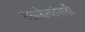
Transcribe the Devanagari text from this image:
नसलेल्यांनाही